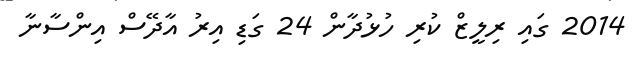
2014 ގައި ރިލީޒް ކުރި ހުޅުދާން 24 ގަޑި އިރު އާދޭސް އިންސާނާ